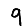
Digit: 9